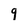
Character: 9